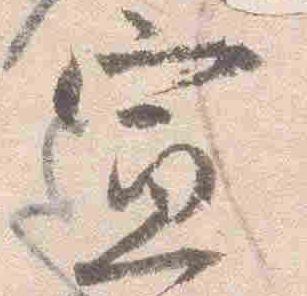
宣